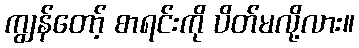
ကျွန်တော့် စာရင်းကို ပိတ်မလို့လား။